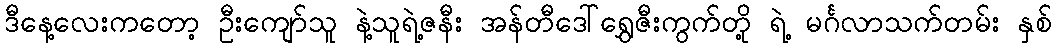
ဒီနေ့လေးကတော့ ဦးကျော်သူ နဲ့သူရဲ့ဇနီး အန်တီဒေါ်ရွှေဇီးကွက်တို့ ရဲ့ မင်္ဂလာသက်တမ်း နှစ်